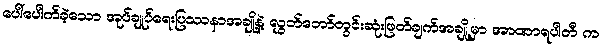
ပေါ်ပေါက်ခဲ့သော အုပ်ချုပ်ရေးပြဿနာအချို့နဲ့ လွှတ်တော်တွင်းဆုံးဖြတ်ချက်အချို့မှာ အာဏာရပါတီ က